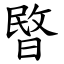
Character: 暋